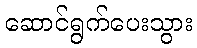
ဆောင်ရွက်ပေးသွား